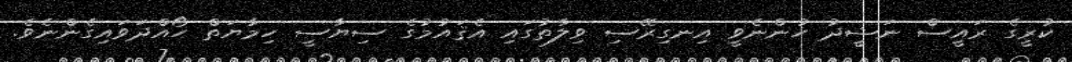
ކުރީގެ ރައީސް ނަޝީދު ހުންނެވީ އިނގިރޭސި ވިލާތުގައި އެޤައުމުގެ ސިޔާސީ ހިމާޔަތް ހޯއްދަވައިގެންނެވެ.